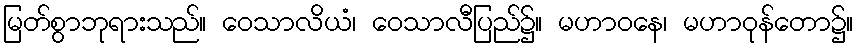
မြတ်စွာဘုရားသည်။ ဝေသာလိယံ၊ ဝေသာလီပြည်၌။ မဟာဝနေ၊ မဟာဝုန်တော၌။